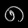
Digit: ၈